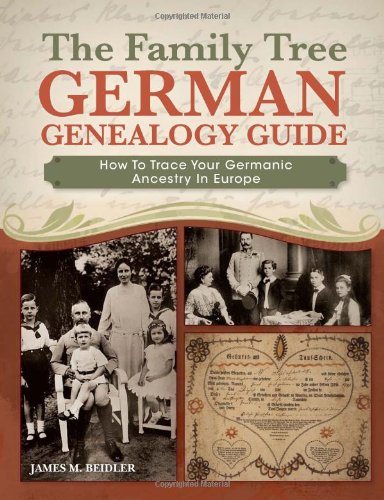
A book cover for The Family Tree German Genealogy Guide: How to Trace Your Germanic Ancestry in Europe; James M. Beidler; History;